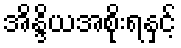
အိန္ဒိယအစိုးရနှင့်